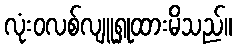
လုံးဝလစ်လျူရှုထားမိသည်။